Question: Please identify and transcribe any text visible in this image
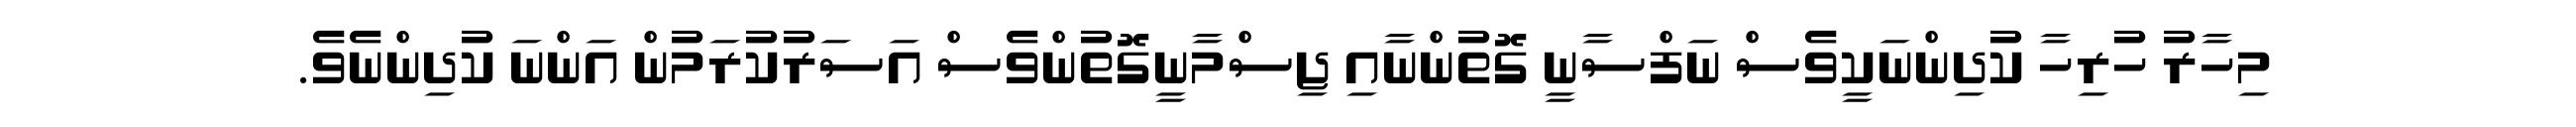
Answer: މިހާރު ހުރިހާ ކުދިންނަކީވެސް ނަފްސާނީ ގޮތުންނާއި ޖިސްމާނީގޮތުންވެސް އަސަރުކުރަމުން އަންނަ ކުދިންނެވެ.